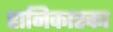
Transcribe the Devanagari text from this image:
हानिकारका